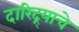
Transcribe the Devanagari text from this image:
दारिद्र्याचे